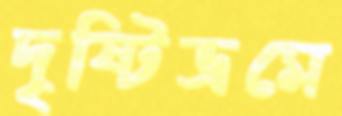
দৃষ্টিভ্রমে